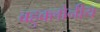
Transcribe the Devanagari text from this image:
बहुक्लोनीय